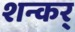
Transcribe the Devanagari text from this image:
शन्कर्